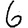
Digit: 6